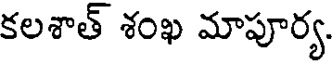
కలశాత్ శంఖ మాపూర్య.